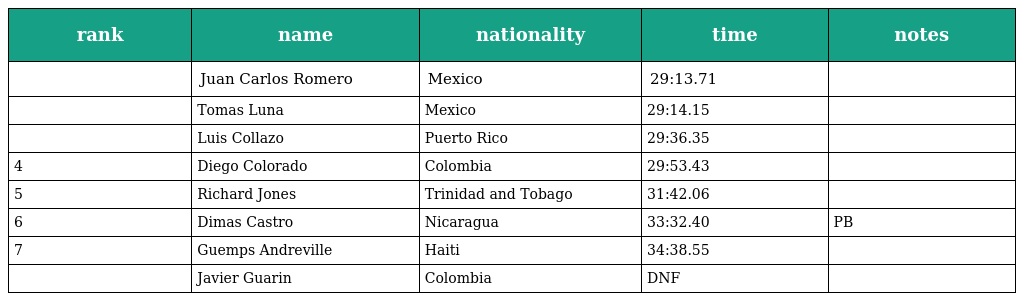
| rank | name | nationality | time | notes |
 | --- | --- | --- | --- | --- |
 |  | Juan Carlos Romero | Mexico | 29:13.71 |  |
 |  | Tomas Luna | Mexico | 29:14.15 |  |
 |  | Luis Collazo | Puerto Rico | 29:36.35 |  |
 | 4 | Diego Colorado | Colombia | 29:53.43 |  |
 | 5 | Richard Jones | Trinidad and Tobago | 31:42.06 |  |
 | 6 | Dimas Castro | Nicaragua | 33:32.40 | PB |
 | 7 | Guemps Andreville | Haiti | 34:38.55 |  |
 |  | Javier Guarin | Colombia | DNF |  |